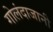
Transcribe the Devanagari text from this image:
गोलंदाजानी